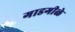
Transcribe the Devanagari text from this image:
गाडगीळे